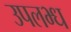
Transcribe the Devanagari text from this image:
उपलभ्ध